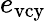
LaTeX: e_{\mathrm{vcy}}